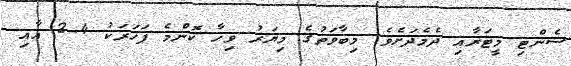
ސެންޓި މީޓަރާއި ދެމެދަށެވެ. މިބާވަތުގެ މިޔަރު ވިހާ ކޮންމެ ފަހަރަކު 4-2 އާއި